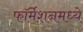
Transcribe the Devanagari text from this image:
फॉर्मेशनमध्ये